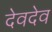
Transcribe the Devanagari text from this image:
देवदेव